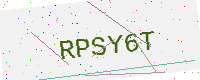
Text: RPSY6T